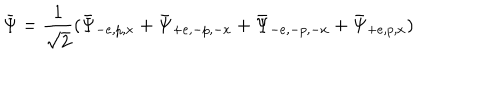
\bar { \Psi } = \frac { 1 } { \sqrt { 2 } } ( \bar { \Psi } _ { - e , p , x } + \bar { \Psi } _ { + e , - p , - x } + \bar { \Psi } _ { - e , - p , - x } + \bar { \Psi } _ { + e , p , x } )